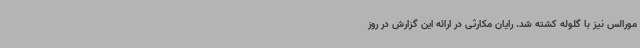
مورالس نیز با گلوله کشته شد. رایان مکارثی در ارائه این گزارش در روز